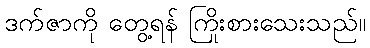
ဒက်ဇာကို တွေ့ရန် ကြိုးစားသေးသည်။